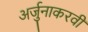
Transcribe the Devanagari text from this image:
अर्जुनाकरवी